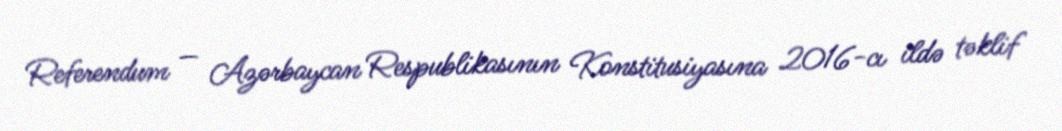
Referendum — Azərbaycan Respublikasının Konstitusiyasına 2016-cı ildə təklif